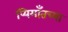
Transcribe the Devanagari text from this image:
प्यिमाँतच्या